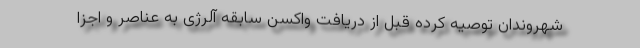
شهروندان توصیه کرده قبل از دریافت واکسن سابقه آلرژی به عناصر و اجزا